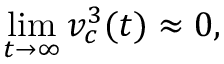
\operatorname* { l i m } _ { t \to \infty } v _ { c } ^ { 3 } ( t ) \approx 0 ,